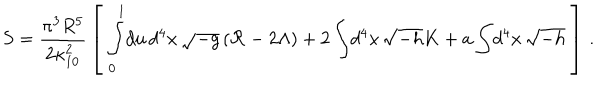
LaTeX: S = { \frac { \pi ^ { 3 } R ^ { 5 } } { 2 \kappa _ { 1 0 } ^ { 2 } } } \left[ \; \int _ { 0 } ^ { 1 } \! d u \, d ^ { 4 } x \, \sqrt { - g } \left( { \cal R } - 2 \Lambda \right) + 2 \int \! d ^ { 4 } x \, \sqrt { - h } K + a \int \! d ^ { 4 } x \, \sqrt { - h } \; \right] \, .